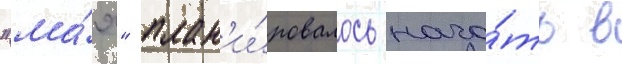
"ма́я" план'и́ровалось нача́ть в